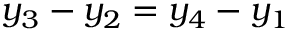
y _ { 3 } - y _ { 2 } = y _ { 4 } - y _ { 1 }